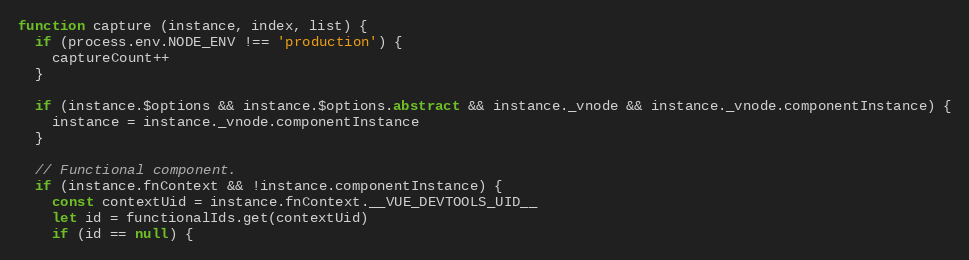
Language: JavaScript
function capture (instance, index, list) {
  if (process.env.NODE_ENV !== 'production') {
    captureCount++
  }

  if (instance.$options && instance.$options.abstract && instance._vnode && instance._vnode.componentInstance) {
    instance = instance._vnode.componentInstance
  }

  // Functional component.
  if (instance.fnContext && !instance.componentInstance) {
    const contextUid = instance.fnContext.__VUE_DEVTOOLS_UID__
    let id = functionalIds.get(contextUid)
    if (id == null) {